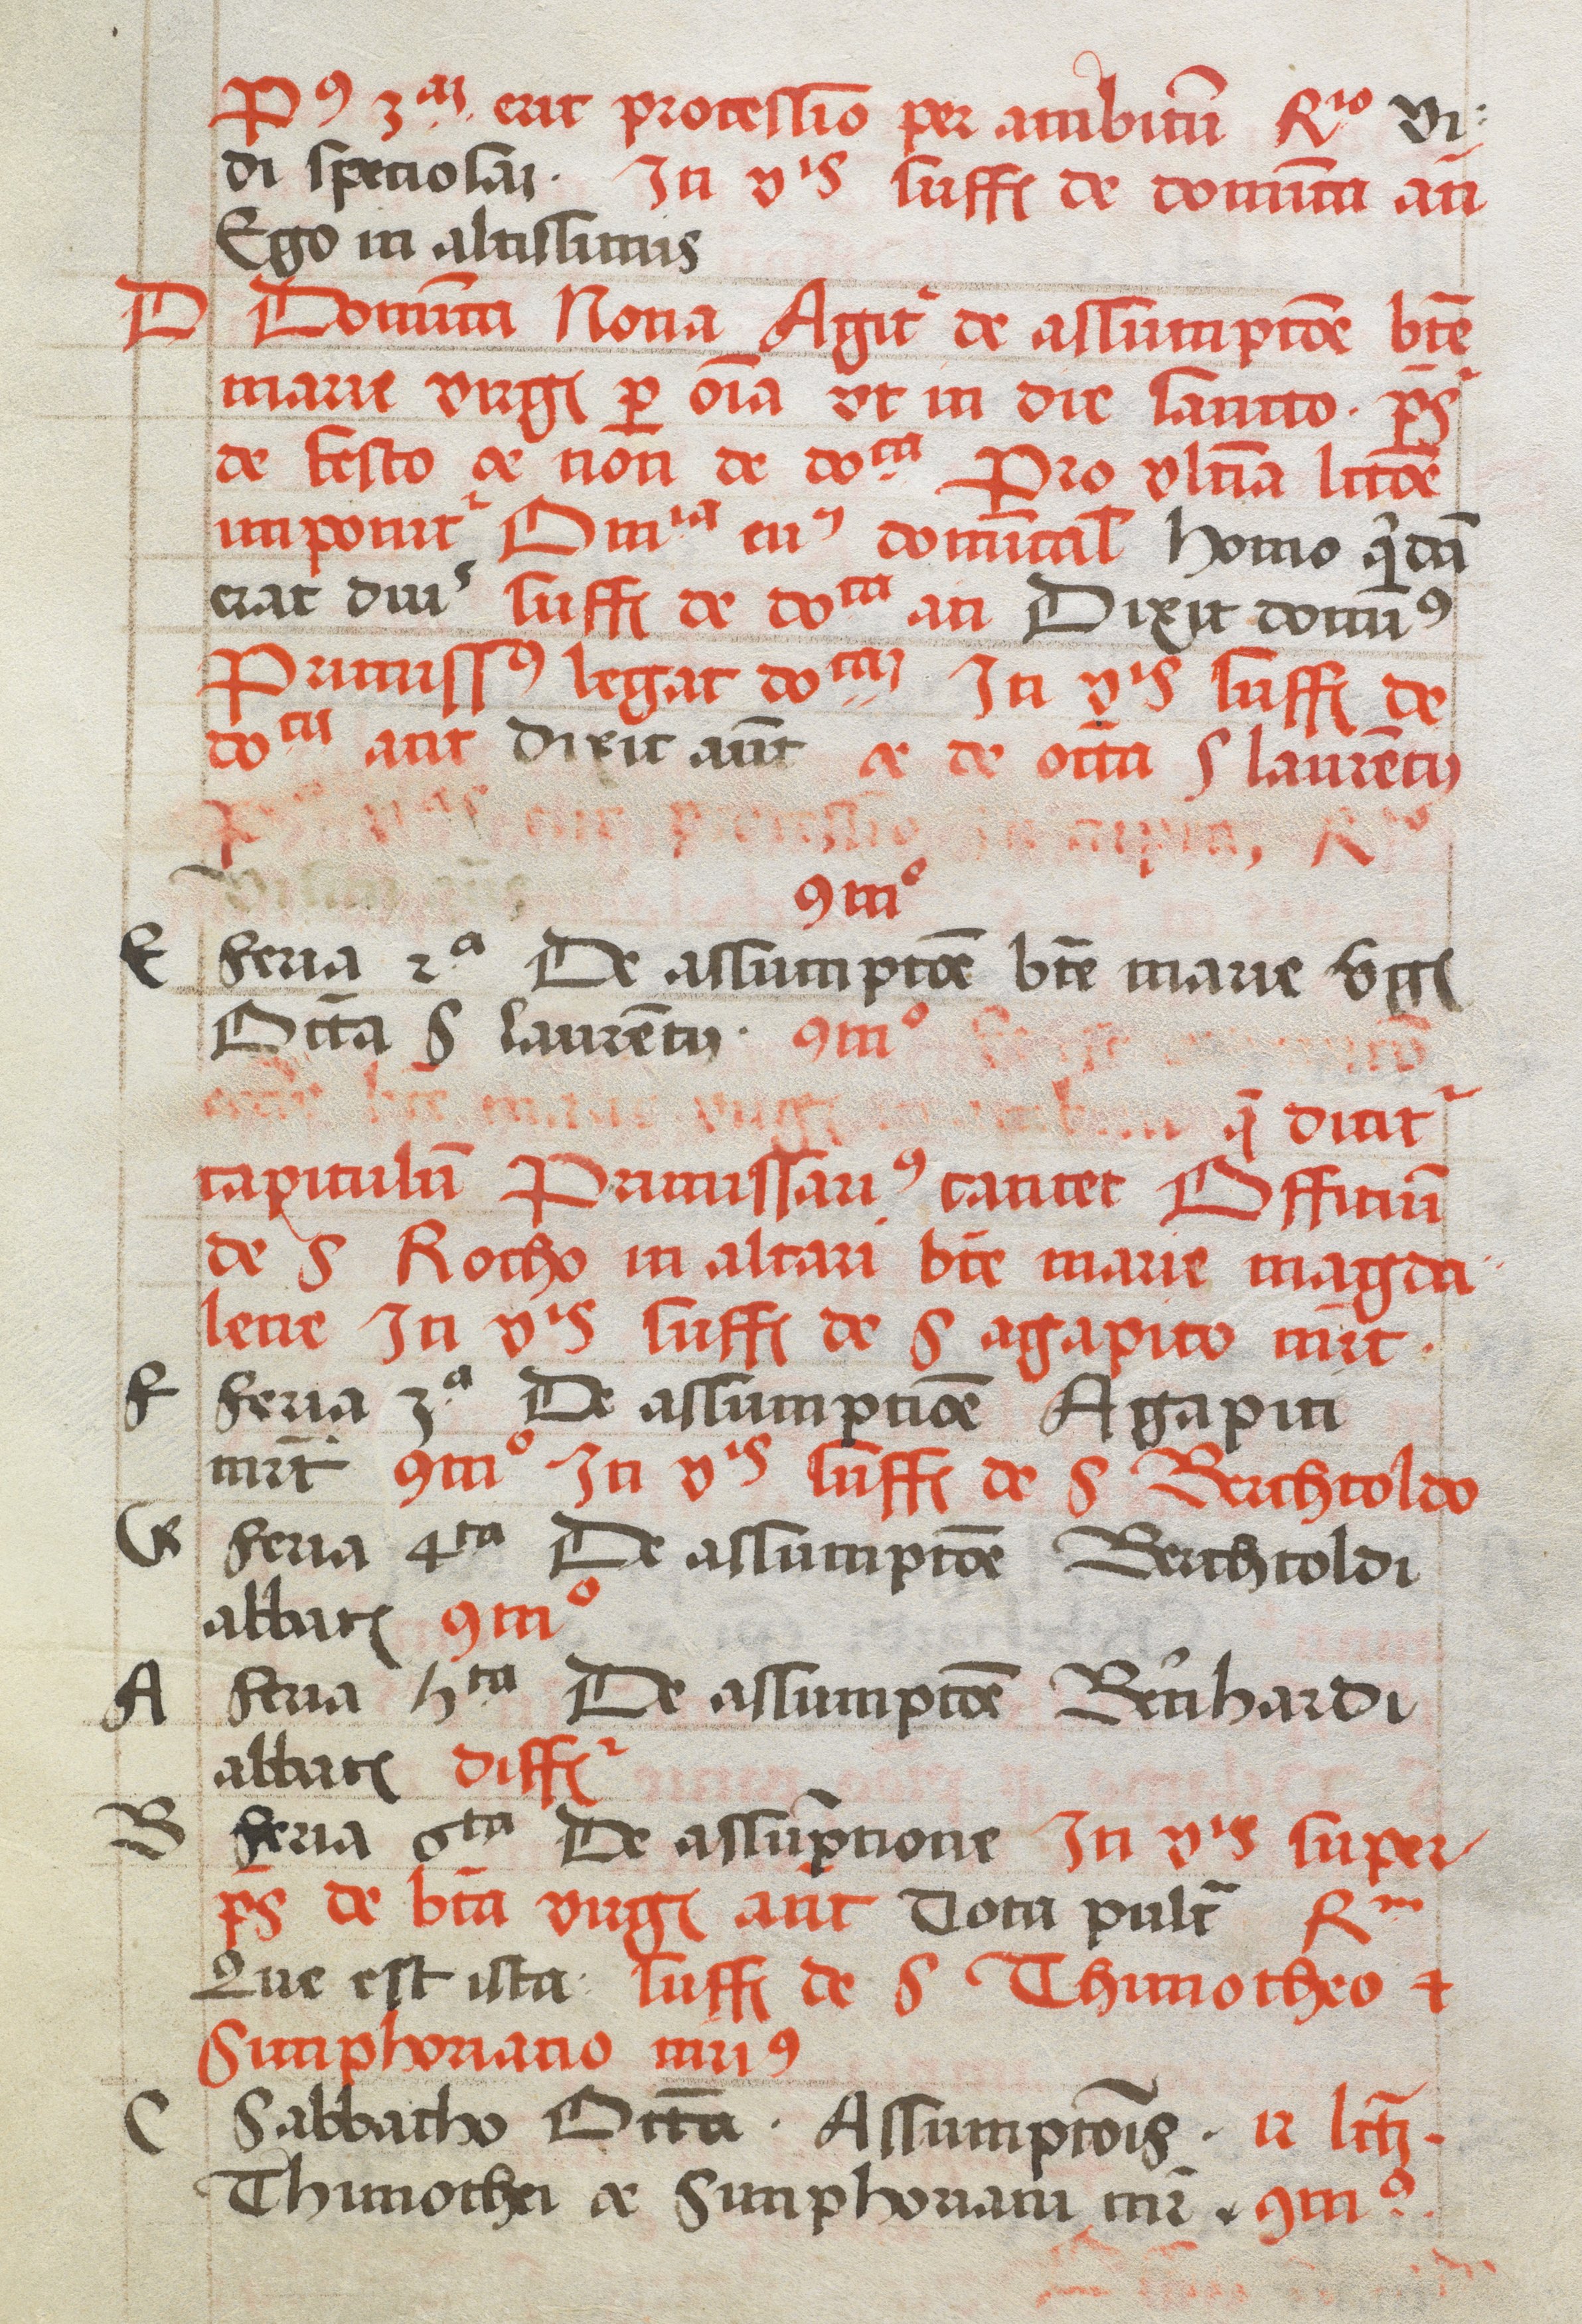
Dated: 1505–1535